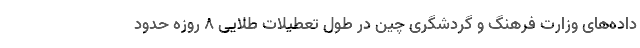
داده‌های وزارت فرهنگ و گردشگری چین در طول تعطیلات طلایی 8 روزه حدود